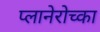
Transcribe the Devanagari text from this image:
प्लानेरोच्का